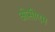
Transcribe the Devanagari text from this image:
ओसीएम